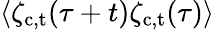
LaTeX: \langle\zeta_{\mathrm{c,t}}(\tau+t)\zeta_{\mathrm{c,t}}(\tau)\rangle